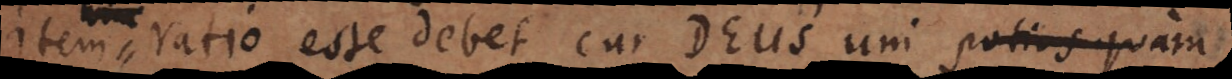
Item ratio esse debet cur Deus uni largiatur quae